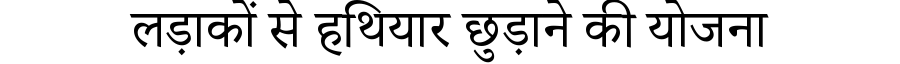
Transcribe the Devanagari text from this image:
लड़ाकों से हथियार छुड़ाने की योजना